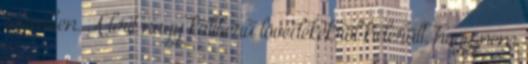
szemben. A brit nagy kaliberű lövedékekről kiderült, hogy nem